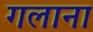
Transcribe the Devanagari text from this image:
गलाना